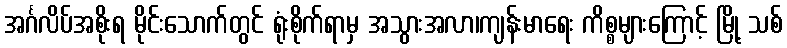
အင်္ဂလိပ်အစိုးရ မိုင်းသောက်တွင် ရုံးစိုက်ရာမှ အသွားအလာ၊ကျန်းမာရေး ကိစ္စများကြောင့် မြို့ သစ်